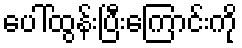
ပေါ်ထွန်းပြီးကြောင်းကို